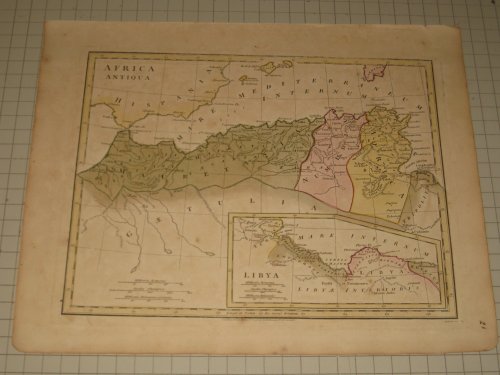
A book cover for Antique Map (1798) Africa Antiqua - North Africa - Libya - Robert Wilkinson,Printer; Robert Wilkinson; Travel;